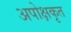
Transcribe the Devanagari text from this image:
अपोक्षकृत